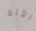
الآلة